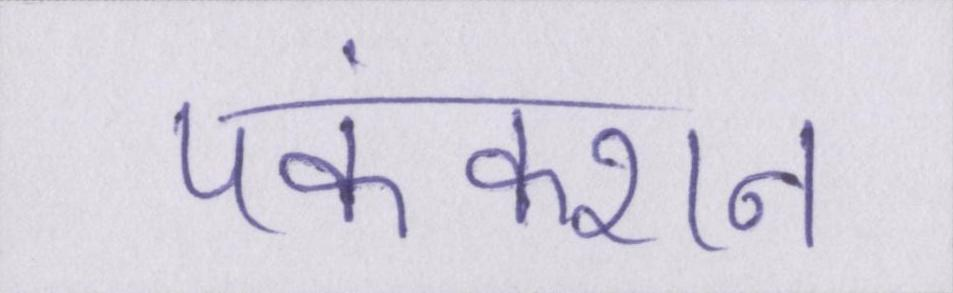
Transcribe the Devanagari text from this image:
पफंक्शन